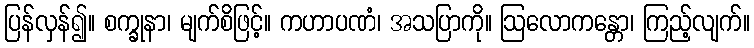
ပြန်လှန်၍။ စက္ခုနာ၊ မျက်စိဖြင့်။ ကဟာပဏံ၊ အသပြာကို။ ဩလောကန္တော၊ ကြည့်လျက်။